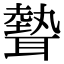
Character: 𦗙